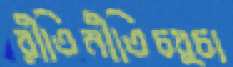
রীতিনীতিচর্চা